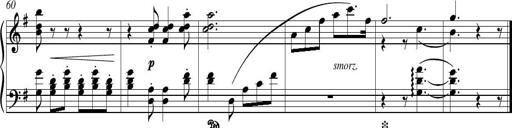
Title: Piano Sonatina in G major
Composer: Johan Peter Emilius Hartmann
Key: G major